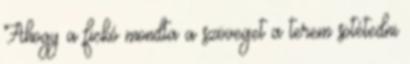
Ahogy a fickó mondta a szöveget a terem sötétedni